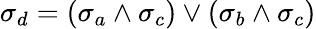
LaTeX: \sigma_{d}=(\sigma_{a}\land\sigma_{c})\lor(\sigma_{b}\land\sigma_{c})